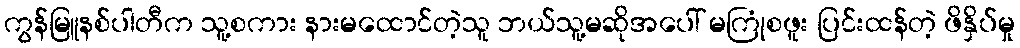
ကွန်မြူနစ်ပါတီက သူ့စကား နားမထောင်တဲ့သူ ဘယ်သူ့မဆိုအပေါ် မကြုံစဖူး ပြင်းထန်တဲ့ ဖိနှိပ်မှု